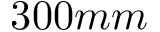
3 0 0 m m